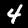
Digit: 4